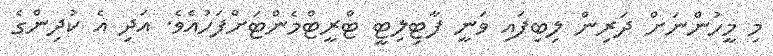
މި މީހުންނަށް ދަރިން ލިބިފައި ވަނީ ފާޓިލިޓީ ޓްރީޓްމެންޓަށްފަހުއެވެ. އަދި އެ ކުދިންގެ